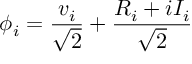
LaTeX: \phi _ { i } = \frac { v _ { i } } { \sqrt { 2 } } + \frac { R _ { i } + i I _ { i } } { \sqrt { 2 } } \nonumber